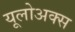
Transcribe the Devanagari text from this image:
यूलोअक्स